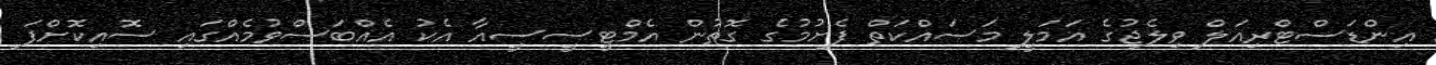
އިންޑަސްޓްރިއަލް ވިލެޖުގެ އަމަލީ މަސައްކަތް ފެށުމުގެ ގޮތުން އެމްޓީސީސީއާ އެކު އެއްބަސްވުމެއްގައި ސޮއިކޮށްފަ